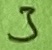
Text: 3